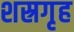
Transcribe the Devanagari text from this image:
शस्रगृह